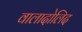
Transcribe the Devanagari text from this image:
वालादोलिद